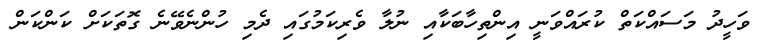
ވަހީދު މަސައްކަތް ކުރައްވަނީ އިންތިހާބަކާއި ނުލާ ވެރިކަމުގައި ދެމި ހުންނެވޭނެ ގޮތަކަށް ކަންކަން